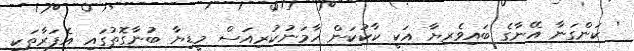
' ކަންގަނާ އޭނާގެ ބައިވެރިޔާ އަކީ ކާކުކަން ހާމަނުކުރިއަސް މީޑިޔާ ބުނާގޮތުގައި އެފަރާތަކީ